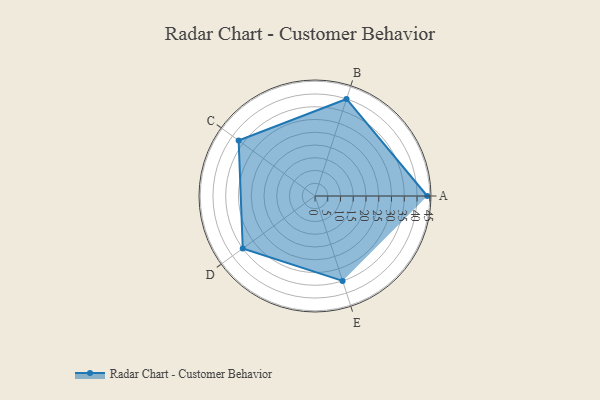
{"axis": {"x": "Skill", "y": "Score"}, "legend": ["Profile"], "data": [{"x": "A", "y": 44.0, "type": "Profile"}, {"x": "B", "y": 40.0, "type": "Profile"}, {"x": "C", "y": 37.0, "type": "Profile"}, {"x": "D", "y": 35.0, "type": "Profile"}, {"x": "E", "y": 35.0, "type": "Profile"}]}